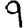
Digit: 9